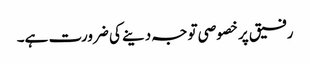
رفیق پر خصوصی توجہ دینے کی ضرورت ہے۔